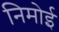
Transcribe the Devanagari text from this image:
निमोई